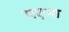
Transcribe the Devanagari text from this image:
पट़ना